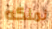
نملكه